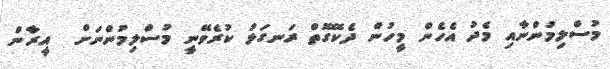
މުސްލިމުންނާއި މެދު އެހެން މީހުން ދެކޭގޮތް ރަނގަޅު ކުރެވޭނީ މުސްލިމުންނަށް  އީރާން